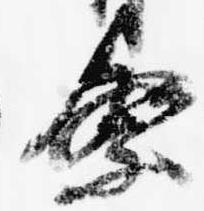
祭